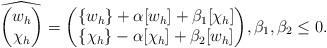
LaTeX: \begin{align*}\widehat{\left(\begin{matrix}w_h\\\chi_h\end{matrix}\right) } = {\left(\begin{matrix}\{w_h\} + \alpha[w_h] + \beta_1 [\chi_h]\\\{\chi_h\} -\alpha[\chi_h]+\beta_2 [w_h]\end{matrix}\right)}, \beta_1, \beta_2\leq 0.\end{align*}